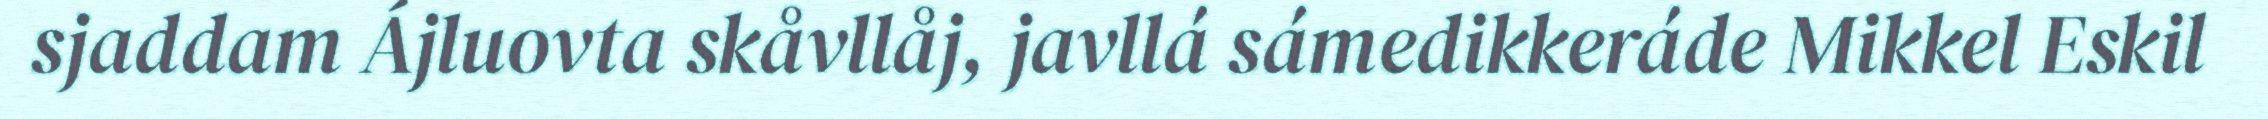
sjaddam Ájluovta skåvllåj, javllá sámedikkeráde Mikkel Eskil